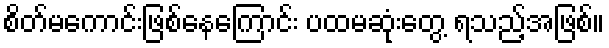
စိတ်မကောင်းဖြစ်နေကြောင်း ပထမဆုံးတွေ့ ရသည့်အဖြစ်။